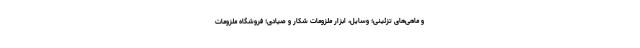
و ماهی‌های تزئینی؛ وسایل، ابزار ملزومات شکار و صیادی؛ فروشگاه ملزومات